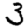
Digit: 3